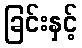
ခြင်းနှင့်